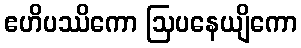
ဧဟိပဿိကော ဩပနေယျိကော